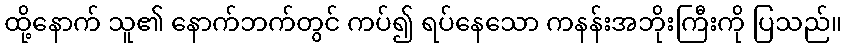
ထို့နောက် သူ၏ နောက်ဘက်တွင် ကပ်၍ ရပ်နေသော ကနန်းအဘိုးကြီးကို ပြသည်။